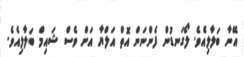
އޭނާ ބަލާލިއެވެ. ލޯގަނޑުން ފެންނަން އޮތް އަލްޔާ އަށް ވެސް ޝައިމް ބަލާލިއެވެ.